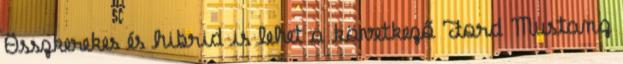
Összkerekes és hibrid is lehet a következő Ford Mustang